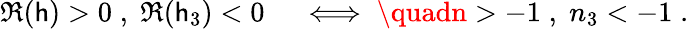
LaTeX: \Re(\mathsf{h})>0\; ,\; \Re(\mathsf{h}_{3})<0\quad\iff\quadn>-1\; ,\; n_{3}<-1\; .